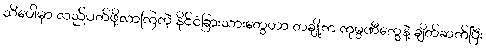
သီပေါမှာ လည်ပတ်ဖို့လာကြတဲ့ နိုင်ငံခြားသားတွေဟာ တချို့က ကုမ္ပဏီတွေနဲ့ ချိတ်ဆက်ပြီး